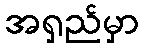
အရှည်မှာ